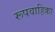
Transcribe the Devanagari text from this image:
रूपवाहिका